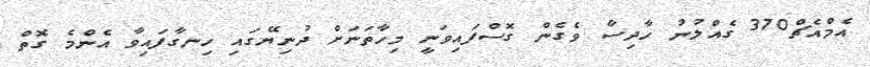
އެމްއެޗް370 ގެއްލުނު ހާދިސާ ވެގެން ގޮސްފައިވަނީ މިހާތަނަށް ދުނިޔޭގައި ހިނގާފައިވާ އެންމެ ގޮތް